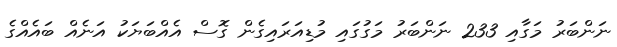
ނަންބަރު މަގާއި 233 ނަންބަރު މަގުގައި މުޑިއަރައިގެން ގޮސް އެއްބަޔަކު އަނެއް ބައެއްގެ